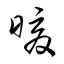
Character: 暖